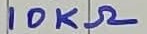
Text: 10KΩ